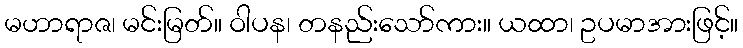
မဟာရာဇ၊ မင်းမြတ်။ ဝါပန၊ တနည်းသော်ကား။ ယထာ၊ ဥပမာအားဖြင့်။